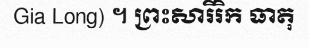
Gia Long) ។ ព្រះសារីរិក ធាតុ